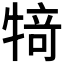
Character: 𰠸